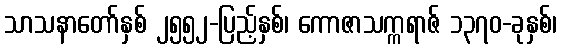
သာသနာတော်နှစ် ၂၅၅၂-ပြည့်နှစ်၊ ကောဇာသက္ကရာဇ် ၁၃၇၀-ခုနှစ်၊